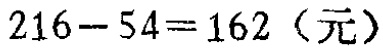
\(216 - 54 = 162\)（元）